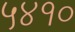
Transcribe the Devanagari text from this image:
५४१०